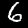
Digit: 6